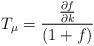
LaTeX: \begin{align*}T_\mu = \frac{\frac{\partial f}{\partial k}}{(1+f)}\end{align*}